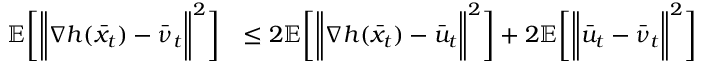
\begin{array} { r l } { \mathbb { E } \bigg [ \bigg \| \nabla h ( \bar { x } _ { t } ) - \bar { \nu } _ { t } \bigg \| ^ { 2 } \bigg ] } & { \leq 2 \mathbb { E } \bigg [ \bigg \| \nabla h ( \bar { x } _ { t } ) - \bar { u } _ { t } \bigg \| ^ { 2 } \bigg ] + 2 \mathbb { E } \bigg [ \bigg \| \bar { u } _ { t } - \bar { \nu } _ { t } \bigg \| ^ { 2 } \bigg ] } \end{array}